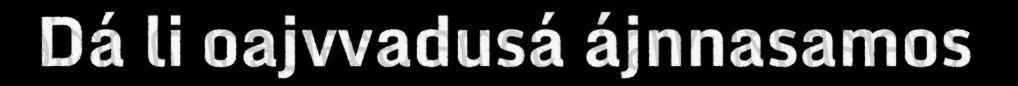
Dá li oajvvadusá ájnnasamos